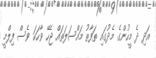
އަދި ދެ މީހުންގެ މެދުގައި ތަފާތު މައްސަލަތައް ޖެހޭ ވާހަކަ ވެސް ފިލްމީ